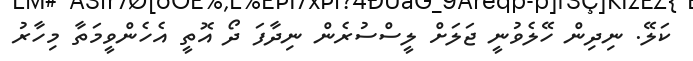
ކަލޭ. ނިދިން ހޭލެވުނީ ޖަލަށް ލީސްސުރެން ނިދާފަ ދޯ އޮތީ އެހެންވީމަތާ މިހާރު